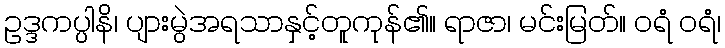
ဥဒ္ဒကပ္ပါနိ၊ ပျားမွဲအရသာနှင့်တူကုန်၏။ ရာဇာ၊ မင်းမြတ်။ ဝရံ ဝရံ၊